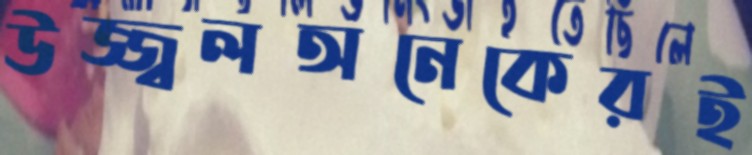
উজ্জ্বলঅনেকেরই